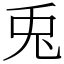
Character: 兎